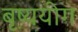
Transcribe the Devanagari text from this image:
बृष्ययोग